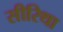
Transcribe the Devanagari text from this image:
सीरिथा